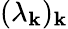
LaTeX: (\lambda_{\mathbf{k}})_{\mathbf{k}}